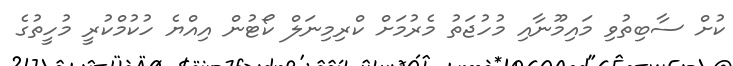
ކުށް ސާބިތުވި މައިމޫނާއި މުހުޖަތު މެރުމަށް ކްރިމިނަލް ކޯޓުން އިއްޔެ ހުކުމްކުރީ މުހީތުގެ